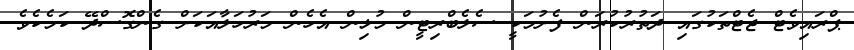
ޕްރައިވެޓް ޖެޓްތަކުގައި ދަތުރުކުރަން ފެށުމަކީ ސެލެބްރިޓީން މުޅިން އެހެން މަރުހަލާއަކަށް ގެންގޮސްދޭ ކަމެކެވެ.